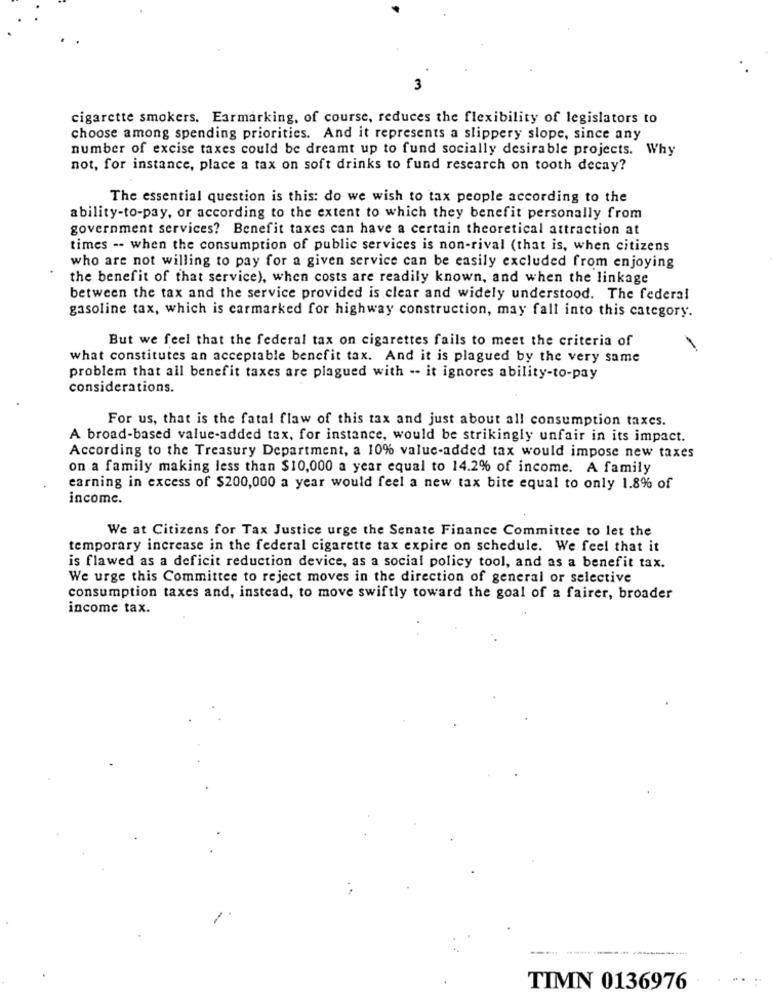
3
cigarette smokers. Earmarking, of course, reduces the flexibility of legislators to
choose among spending priorities. And it represents a slippery slope, since any
number of excise taxes could be dreamt up to fund socially desirable projects. Why
not, for instance, place a tax on soft drinks to fund research on tooth decay?
The essential question is this: do we wish to tax people according to the
ability-to-pay, or according to the extent to which they benefit personally from
government services? Benefit taxes can have a certain theoretical attraction at
times -- when the consumption of public services is non-rival (that is, when citizens
who are not willing to pay for a given service can be easily excluded from enjoying
the benefit of that service), when costs are readily known, and when the linkage
between the tax and the service provided is clear and widely understood. The federal
gasoline tax, which is carmarked for highway construction, may fall into this category.
But we feel that the federal tax on cigarettes fails to meet the criteria of
what constitutes an acceptable benefit tax. And it is plagued by the very same
problem that all benefit taxes are plagued with -- it ignores ability-to-pay
considerations.
For us, that is the fatal flaw of this tax and just about all consumption taxes.
A broad-based value-added tax, for instance, would be strikingly unfair in its impact.
According to the Treasury Department, a 10% value-added tax would impose new taxes
on a family making less than $10,000 a year equal to 14.2% of income. A family
earning in excess of $200,000 a year would feel a new tax bite equal to only 1.8% of
income.
We at Citizens for Tax Justice urge the Senate Finance Committee to let the
temporary increase in the federal cigarette tax expire on schedule. We feel that it
is flawed as a deficit reduction device, as a social policy tool, and as a benefit tax.
We urge this Committee to reject moves in the direction of general or selective
consumption taxes and, instead, to move swiftly toward the goal of a fairer, broader
income tax.
TIMN 0136976